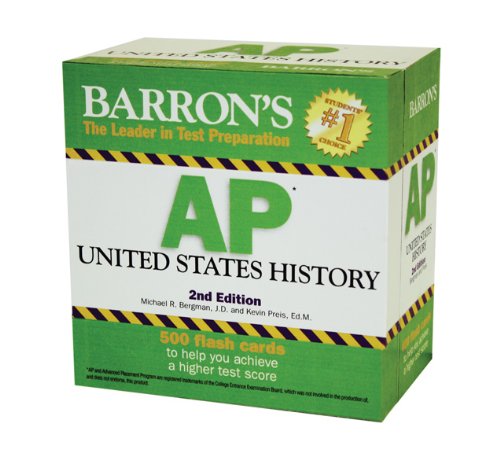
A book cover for Barron's AP United States History Flash Cards; Michael Bergman; Test Preparation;